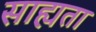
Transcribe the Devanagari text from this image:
साह्यता